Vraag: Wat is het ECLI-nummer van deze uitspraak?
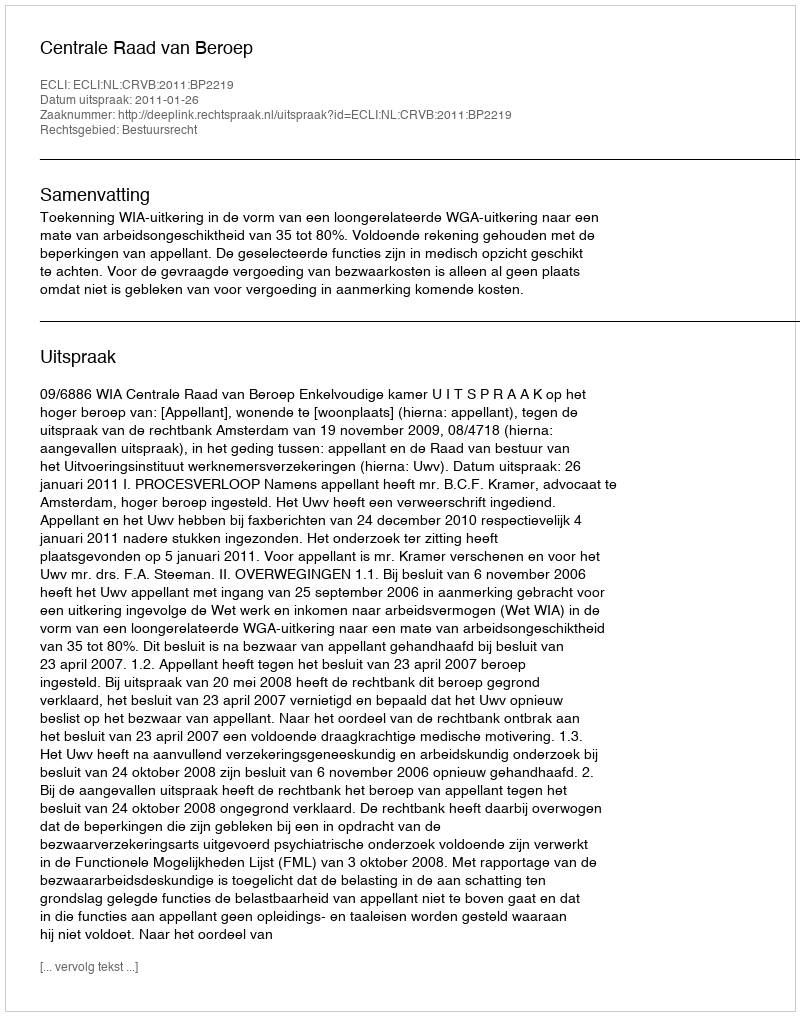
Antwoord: ECLI:NL:CRVB:2011:BP2219